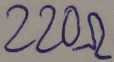
Text: 220Ω